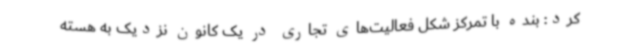
کرد: بنده با تمرکز شکل فعالیت‌های تجاری در یک کانون نزدیک به هسته